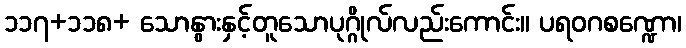
၁၁၇+၁၁၈+ သောနွားနှင့်တူသောပုဂ္ဂိုလ်လည်းကောင်း။ ပရဝဂစဏ္ဍော၊